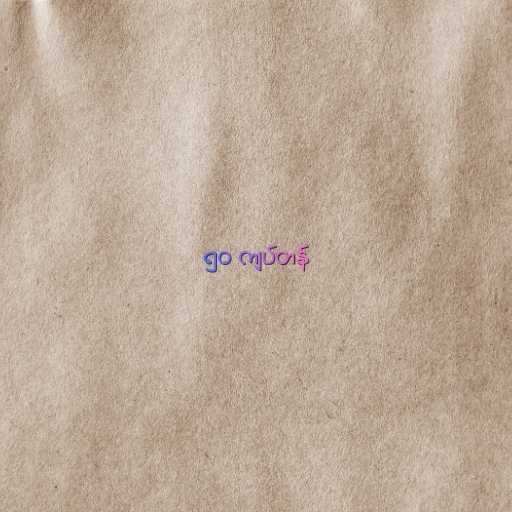
၅၀ ကျပ်တန်